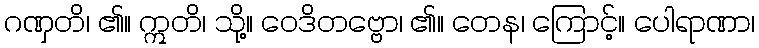
ဂဏှတိ၊ ၏။ ဣတိ၊ သို့။ ဝေဒိတဗ္ဗော၊ ၏။ တေန၊ ကြောင့်။ ပေါရာဏာ၊